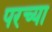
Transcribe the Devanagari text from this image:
परच्या